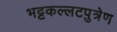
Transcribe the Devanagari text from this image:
भट्टकल्लटपुत्रेण